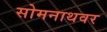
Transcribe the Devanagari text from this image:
सोमनाथवर